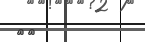
١١